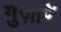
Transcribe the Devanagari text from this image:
गुज़ारें